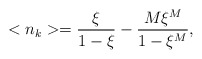
\begin{align*}<n_{k}>=\frac{\xi }{1-\xi }-\frac{M\xi ^{M}}{1-\xi ^{M}},\end{align*}